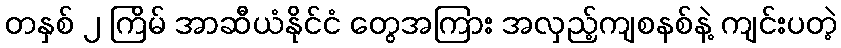
တနှစ် ၂ ကြိမ် အာဆီယံနိုင်ငံ တွေအကြား အလှည့်ကျစနစ်နဲ့ ကျင်းပတဲ့